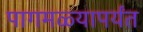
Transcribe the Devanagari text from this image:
पागमळ्यापर्यंत